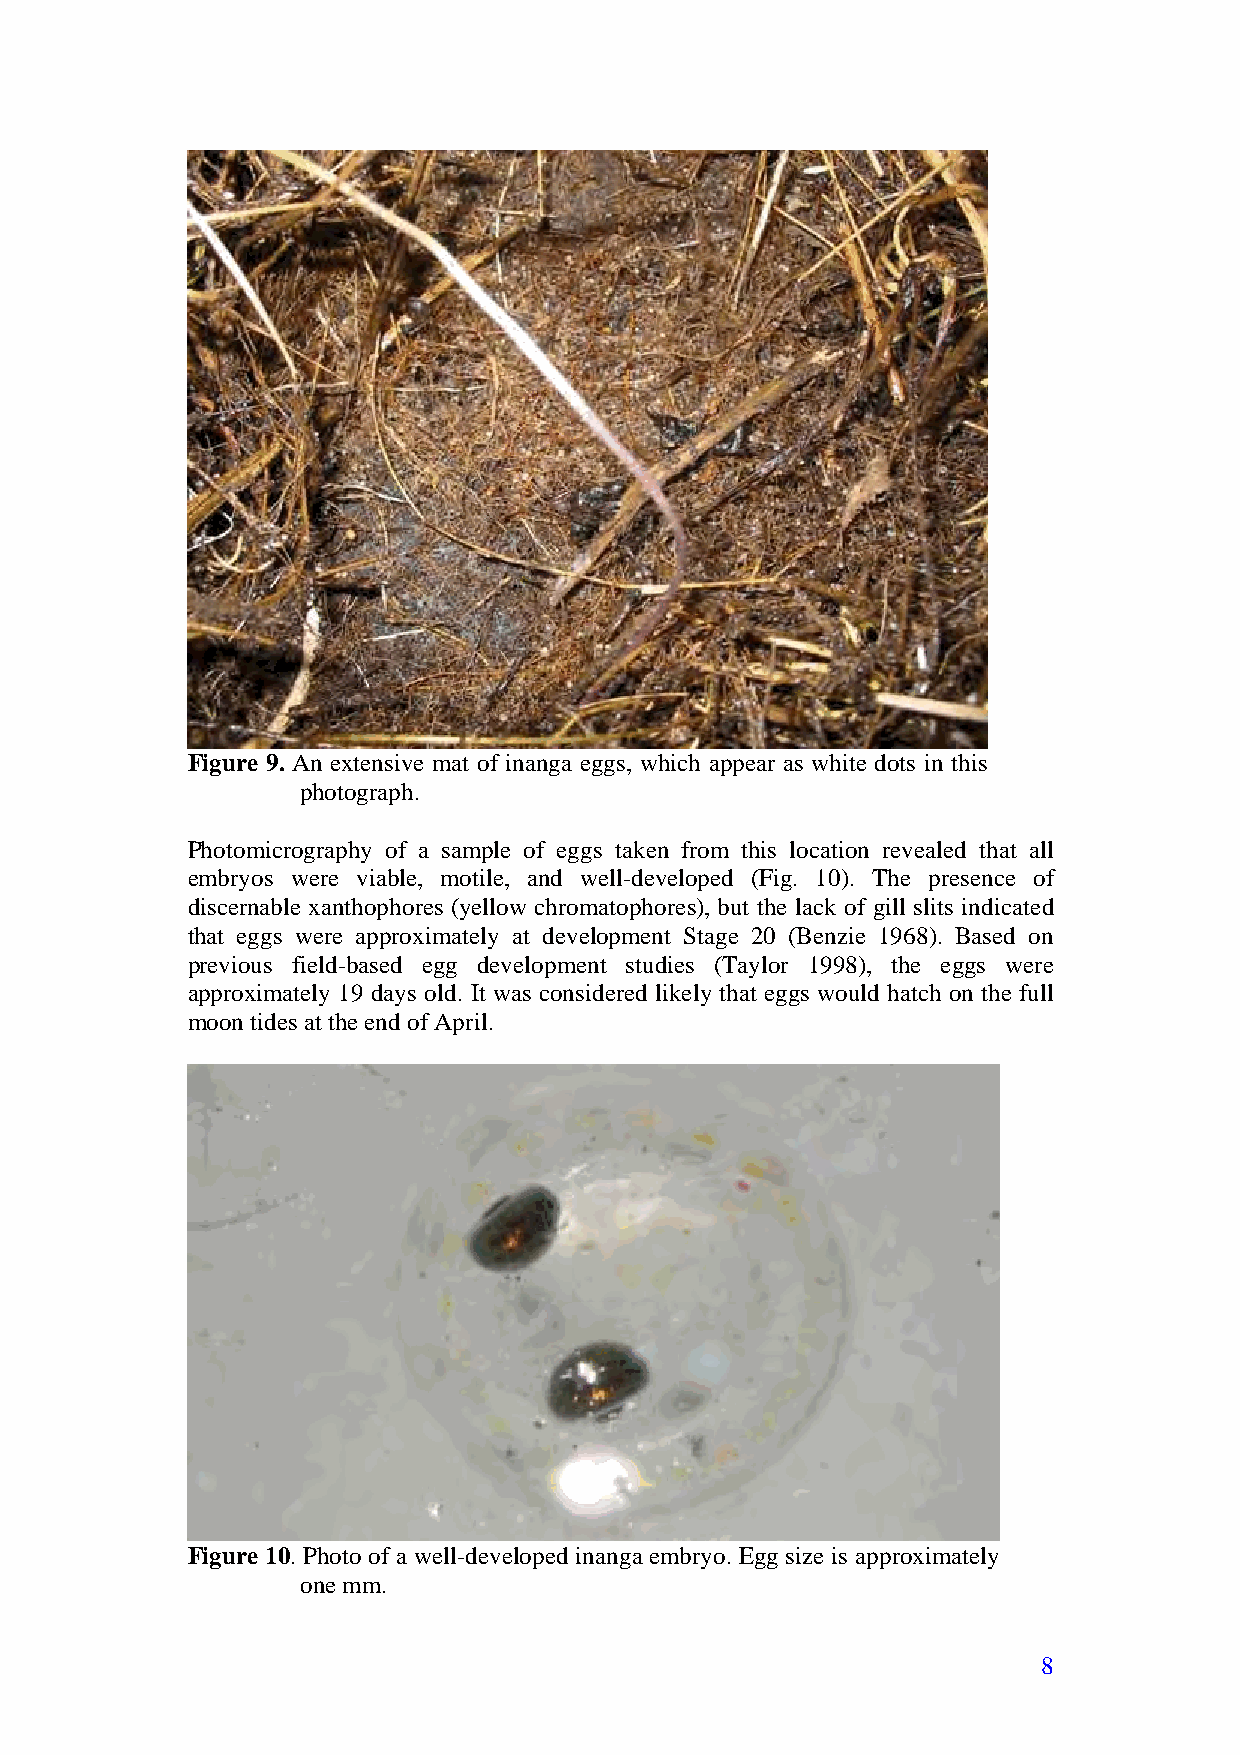
Figure 9. An extensive mat of inanga eggs, which appear as white dots in this
 photograph.
 Photomicrography of a sample of eggs taken from this location revealed that all
 embryos were viable, motile, and well-developed (Fig. 10). The presence of
 discernable xanthophores (yellow chromatophores), but the lack of gill slits indicated
 that eggs were approximately at development Stage 20 (Benzie 1968). Based on
 previous field-based egg development studies (Taylor 1998), the eggs were
 approximately 19 days old. It was considered likely that eggs would hatch on the full
 moon tides at the end of April.
 Figure 10. Photo of a well-developed inanga embryo. Egg size is approximately
 one mm.
 8